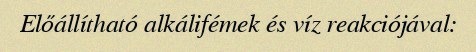
Előállítható alkálifémek és víz reakciójával: